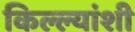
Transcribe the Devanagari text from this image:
किल्ल्यांशी